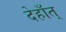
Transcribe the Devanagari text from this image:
देहाँत्